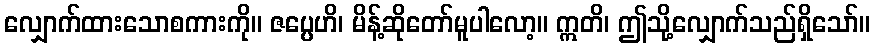
လျှောက်ထားသောစကားကို။ ဇပ္ပေဟိ၊ မိန့်ဆိုတော်မူပါလော့။ ဣတိ၊ ဤသို့လျှောက်သည်ရှိသော်။